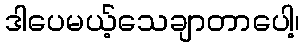
ဒါပေမယ့်သေချာတာပေါ့၊